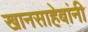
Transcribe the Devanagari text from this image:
खानसाहेबांनी